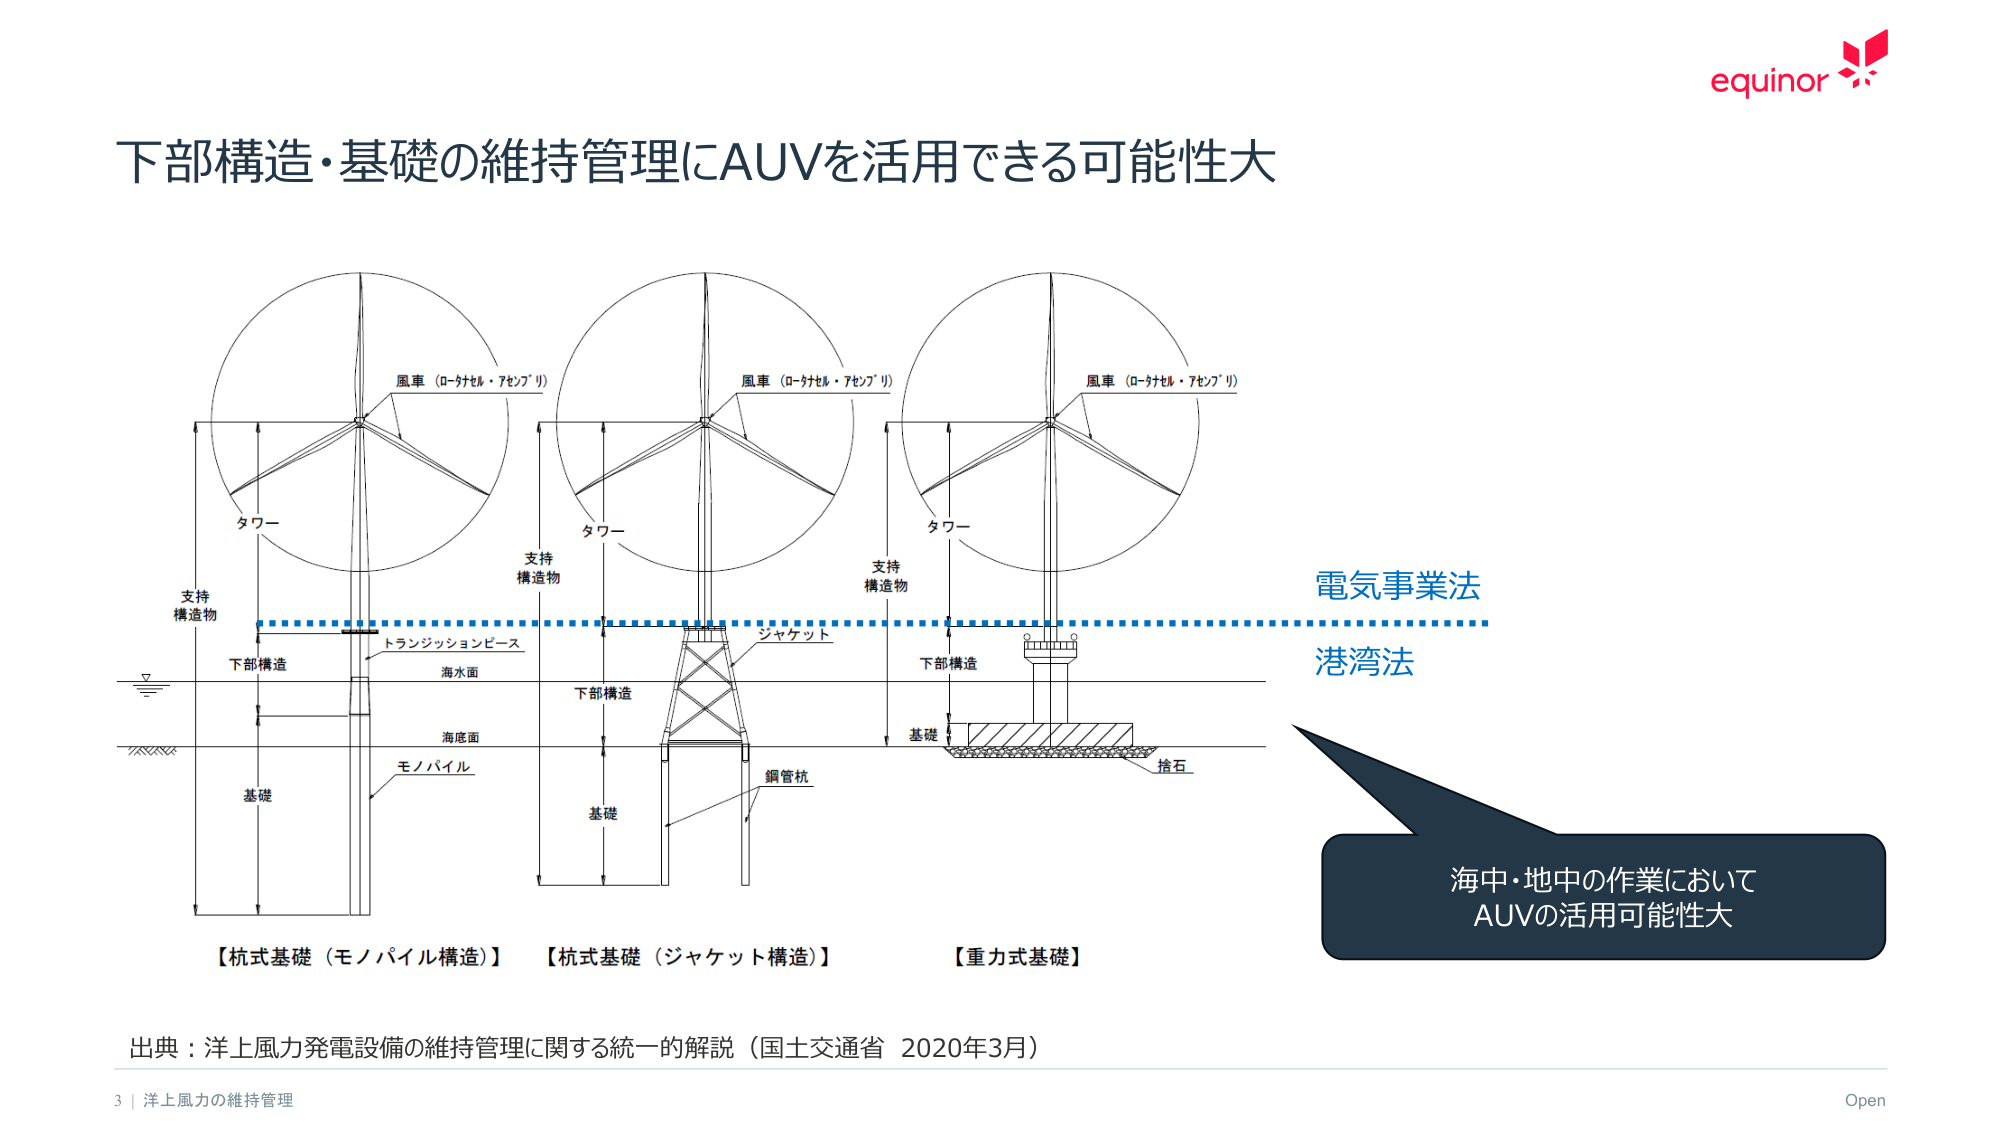
下部構造・基礎の維持管理にAUVを活用できる可能性大

風車（ロータセル・アセンブリ）
タワー
支持構造物
下部構造
トランジッションピース
海水面
海底面
モノパイル
基礎

風車（ロータセル・アセンブリ）
タワー
支持構造物
下部構造
ジャケット
基礎
鋼管杭

風車（ロータセル・アセンブリ）
タワー
支持構造物
下部構造
基礎
捨石

電気事業法
港湾法

海中・地中の作業において
AUVの活用可能性大

【杭式基礎（モノパイル構造）】
【杭式基礎（ジャケット構造）】
【重力式基礎】

出典：洋上風力発電設備の維持管理に関する統一的解説（国土交通省 2020年3月）

3 | 洋上風力の維持管理
Open
equinor